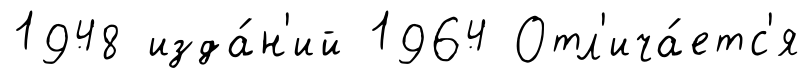
1948 изда́н'ий 1964 Отл'ича́етс'я